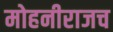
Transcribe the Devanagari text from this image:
मोहनीराजच